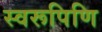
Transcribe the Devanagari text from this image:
स्वरूपिणि